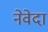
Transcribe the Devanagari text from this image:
नेवेदा